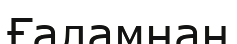
Ғаламнан